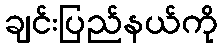
ချင်းပြည်နယ်ကို